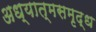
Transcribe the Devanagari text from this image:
अध्यात्मसमृद्ध